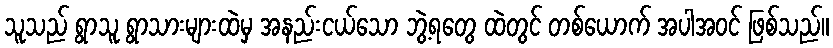
သူသည် ရွာသူ ရွာသားများထဲမှ အနည်းငယ်သော ဘွဲ့ရတွေ ထဲတွင် တစ်ယောက် အပါအဝင် ဖြစ်သည်။